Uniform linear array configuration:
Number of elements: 16
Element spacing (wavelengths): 0.75
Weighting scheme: uniform
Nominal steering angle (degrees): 30
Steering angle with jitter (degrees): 28.704
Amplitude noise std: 0.05
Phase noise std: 0.05

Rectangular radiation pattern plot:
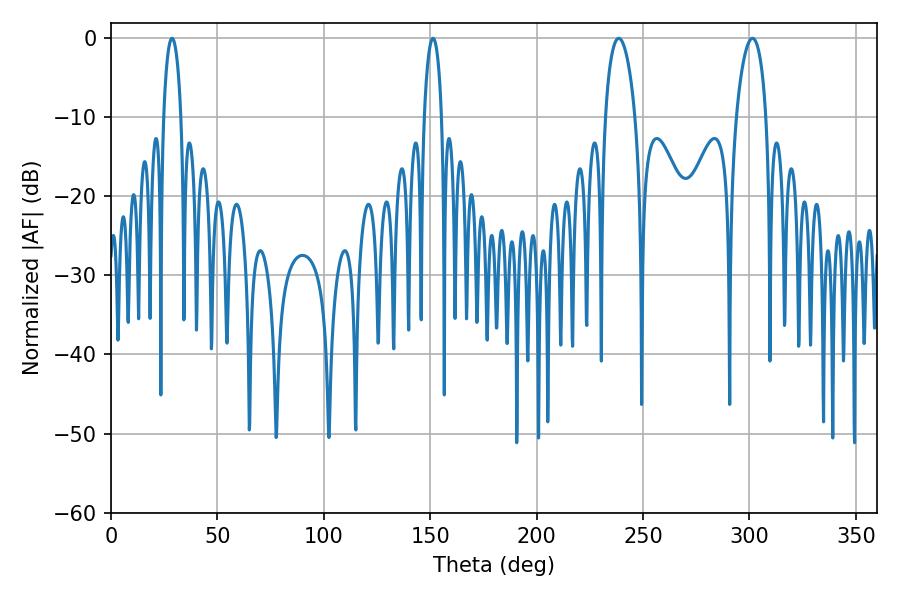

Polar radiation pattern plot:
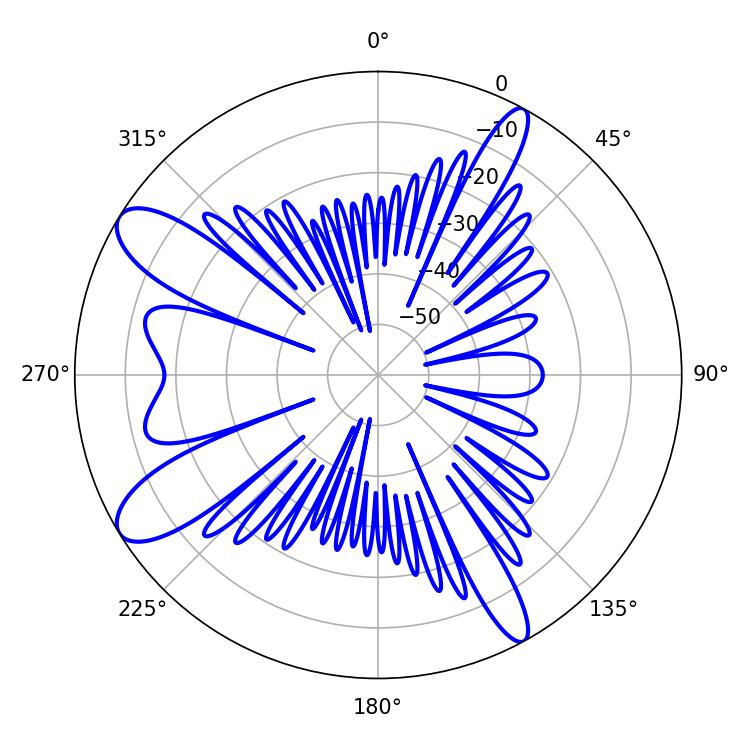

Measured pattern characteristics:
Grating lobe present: TRUE
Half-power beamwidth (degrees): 7.92
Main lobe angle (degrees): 238.5